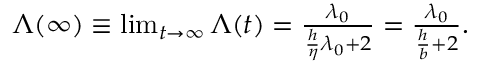
\begin{array} { r } { \Lambda ( \infty ) \equiv \operatorname* { l i m } _ { t \rightarrow \infty } \Lambda ( t ) = \frac { \lambda _ { 0 } } { \frac { h } { \eta } \lambda _ { 0 } + 2 } = \frac { \lambda _ { 0 } } { \frac { h } { b } + 2 } . } \end{array}